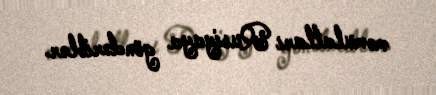
məmulatları Rusiyaya göndəriblər.